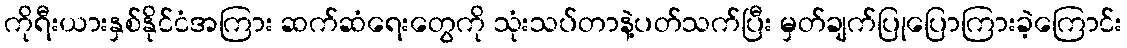
ကိုရီးယားနှစ်နိုင်ငံအကြား ဆက်ဆံရေးတွေကို သုံးသပ်တာနဲ့ပတ်သက်ပြီး မှတ်ချက်ပြုပြောကြားခဲ့ကြောင်း